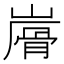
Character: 𩨮